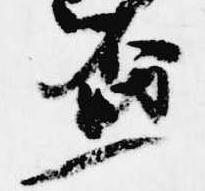
盃